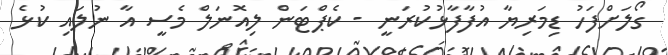
ގޯލަށްފަހު ޑިމަރިޔާ އުފާފާޅުކުރަނީ - ކެޕްޓަން ލިއޮނަލް މެސީ އާ ނުލައި ކުޅެ